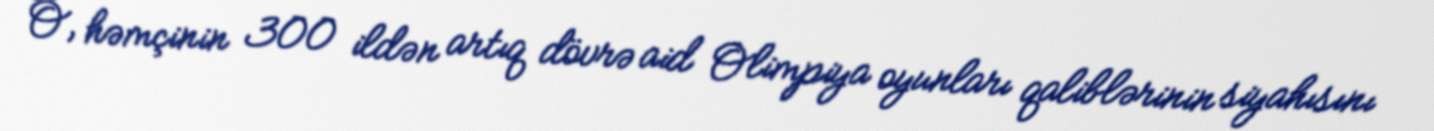
O, həmçinin 300 ildən artıq dövrə aid Olimpiya oyunları qaliblərinin siyahısını